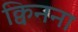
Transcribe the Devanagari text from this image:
क्विनना